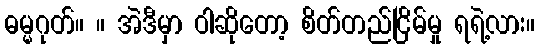
ဓမ္မဂုတ်။ ။ အဲဒီမှာ ဝါဆိုတော့ စိတ်တည်ငြိမ်မှု ရရဲ့လား။